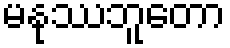
မနုဿဘူတော